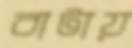
বাটায়